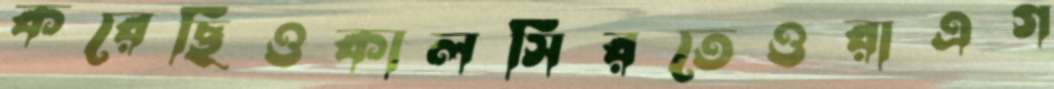
করেছিওকালসিরতেওরাএগ